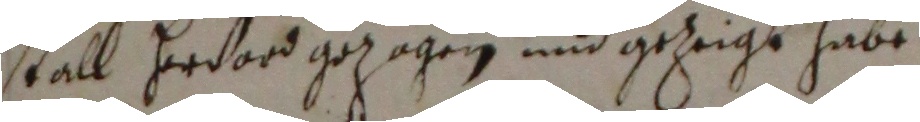
stall herdob gezogen und gezeigt, habe